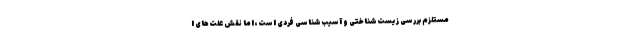
مستلزم بررسی زیست‌شناختی و آسیب‌شناسی فردی است، اما نقش علت‌های ا